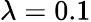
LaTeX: \lambda=0.1